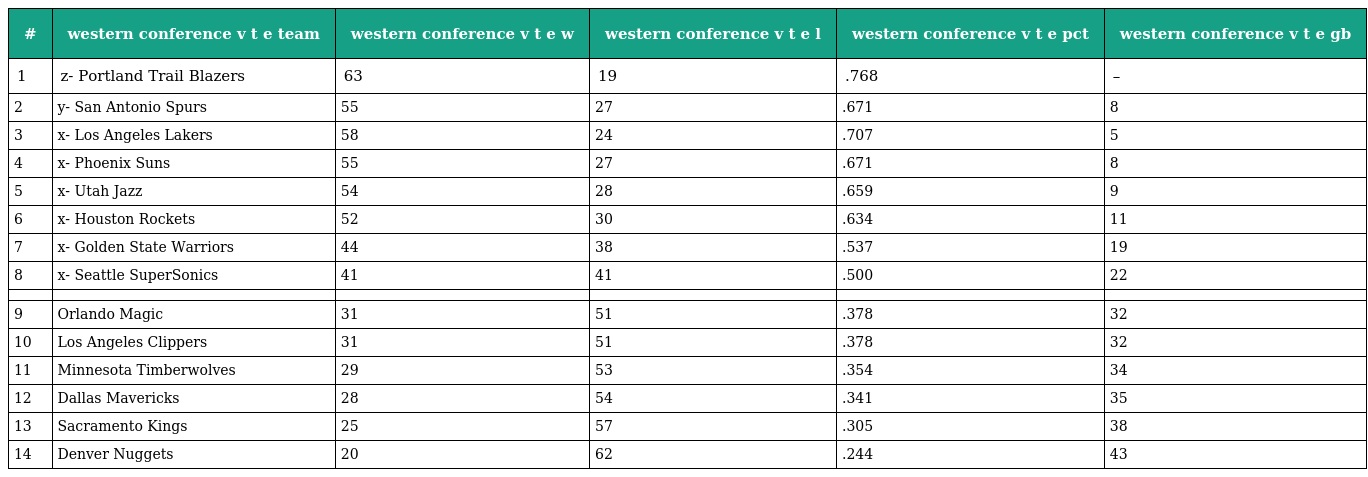
| # | western conference v t e team | western conference v t e w | western conference v t e l | western conference v t e pct | western conference v t e gb |
 | --- | --- | --- | --- | --- | --- |
 | 1 | z- Portland Trail Blazers | 63 | 19 | .768 | – |
 | 2 | y- San Antonio Spurs | 55 | 27 | .671 | 8 |
 | 3 | x- Los Angeles Lakers | 58 | 24 | .707 | 5 |
 | 4 | x- Phoenix Suns | 55 | 27 | .671 | 8 |
 | 5 | x- Utah Jazz | 54 | 28 | .659 | 9 |
 | 6 | x- Houston Rockets | 52 | 30 | .634 | 11 |
 | 7 | x- Golden State Warriors | 44 | 38 | .537 | 19 |
 | 8 | x- Seattle SuperSonics | 41 | 41 | .500 | 22 |
 |  |  |  |  |  |  |
 | 9 | Orlando Magic | 31 | 51 | .378 | 32 |
 | 10 | Los Angeles Clippers | 31 | 51 | .378 | 32 |
 | 11 | Minnesota Timberwolves | 29 | 53 | .354 | 34 |
 | 12 | Dallas Mavericks | 28 | 54 | .341 | 35 |
 | 13 | Sacramento Kings | 25 | 57 | .305 | 38 |
 | 14 | Denver Nuggets | 20 | 62 | .244 | 43 |